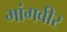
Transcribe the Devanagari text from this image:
मांगवीर